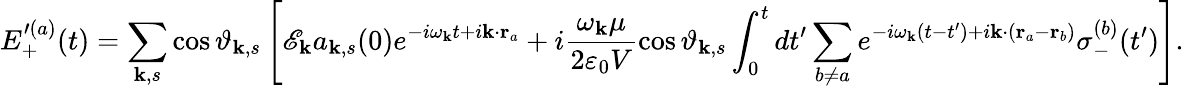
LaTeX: E_{+}^{\prime(a)}(t)=\sum_{\mathbf{k},s}\cos{\vartheta_{\mathbf{k},s}}\left[\mathscr{E}_{\mathbf{k}}a_{\mathbf{k},s}(0)e^{-i\omega_{\mathbf{k}}t+i\mathbf{k}\cdot\mathbf{r}_{a}}+i\frac{\omega_{\mathbf{k}}\mu}{2\varepsilon_{0}V}\cos{\vartheta_{\mathbf{k},s}}\int_{0}^{t}dt^{\prime}\sum_{b\neq a}e^{-i\omega_{\mathbf{k}}\left(t-t^{\prime}\right)+i\mathbf{k}\cdot\left(\mathbf{r}_{a}-\mathbf{r}_{b}\right)}\sigma_{-}^{(b)}(t^{\prime})\right].